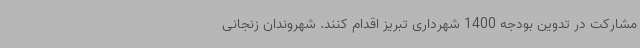
مشارکت در تدوین بودجه 1400 شهرداری تبریز اقدام کنند. شهروندان زنجانی